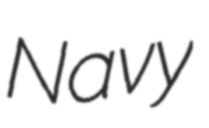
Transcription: Navy